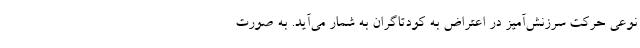
نوعی حرکت سرزنش‌آمیز در اعتراض به کودتاگران به شمار می‌آید. به صورت